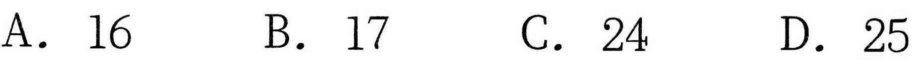
A. \(16\)
B. \(17\)
C. \(24\)
D. \(25\)